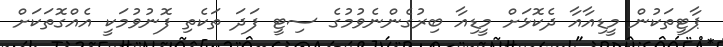
ޕާޓީތަކުން މީޑިއާއާ ދެކޮޅަށް މީޑިއާ ބިރުގެންނެވުމުގެ ސިޓީ ފަދަ ތަކެތި ފޮނުވުމަކީ އެއްގޮތަކަށް